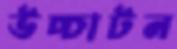
উচ্চাটন